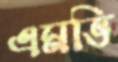
এমভি